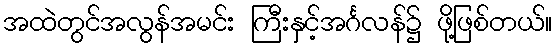
အထဲတွင်အလွန်အမင်း ကြီးနှင့်အင်္ဂလန်၌ ဖို့ဖြစ်တယ်။